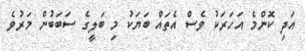
އަދި ކޮންމެ އަހަރަކު ވެސް އެތައް ބަޔަކު މި ބަލީގެ ސަބަބުން މަރުވެ